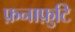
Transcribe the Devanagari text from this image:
फ़नाफ़ुटि